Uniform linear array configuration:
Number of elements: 24
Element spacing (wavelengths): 0.5
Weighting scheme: binomial
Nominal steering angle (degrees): -60
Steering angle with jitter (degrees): -60.894
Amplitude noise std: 0.05
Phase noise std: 0.05

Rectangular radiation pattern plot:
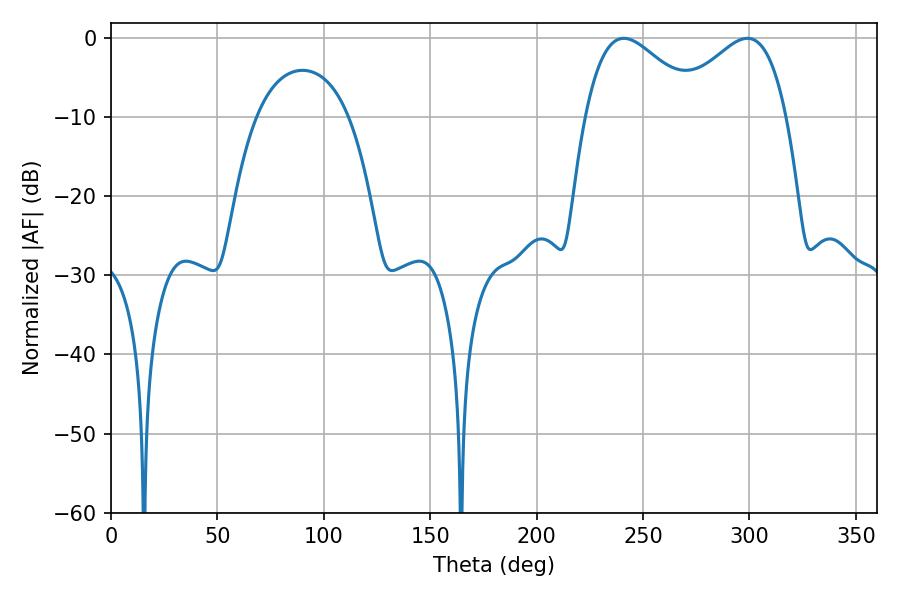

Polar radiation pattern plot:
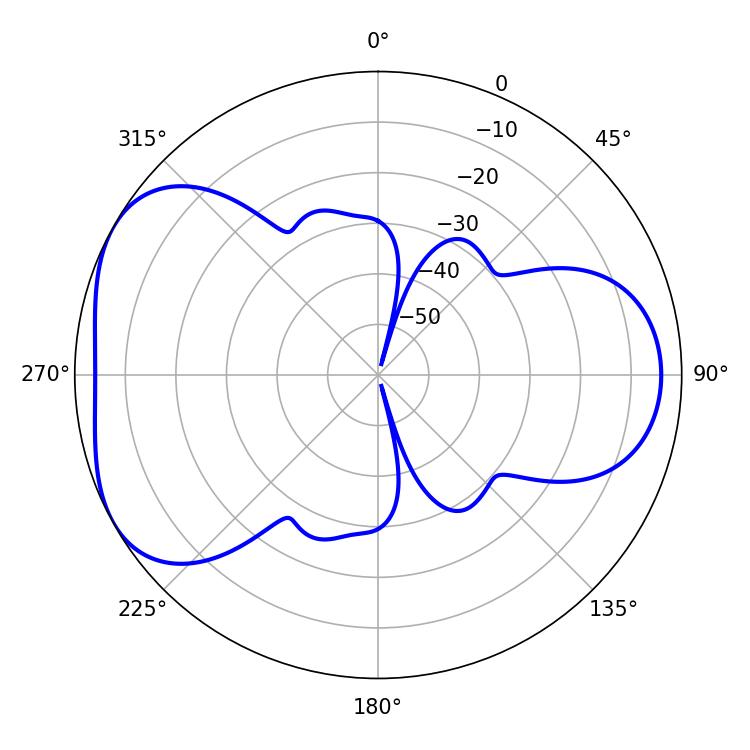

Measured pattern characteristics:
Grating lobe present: FALSE
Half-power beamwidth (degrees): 29.16
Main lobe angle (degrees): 241.02